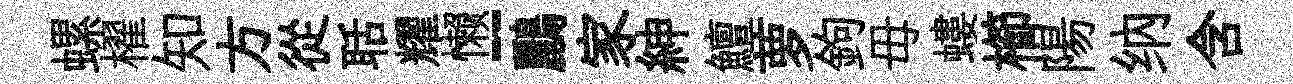
螺櫂知方從聒耀懒-鸝家紳鱣萝鉤毋螻櫛陽纳含